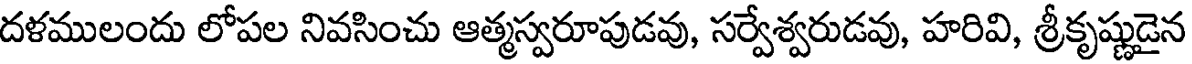
దళములందు లోపల నివసించు ఆత్మస్వరూపుడవు, సర్వేశ్వరుడవు, హరివి, శ్రీకృష్ణుడైన